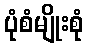
ပုံစံမျိုးစုံ